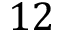
1 2